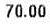
70.00